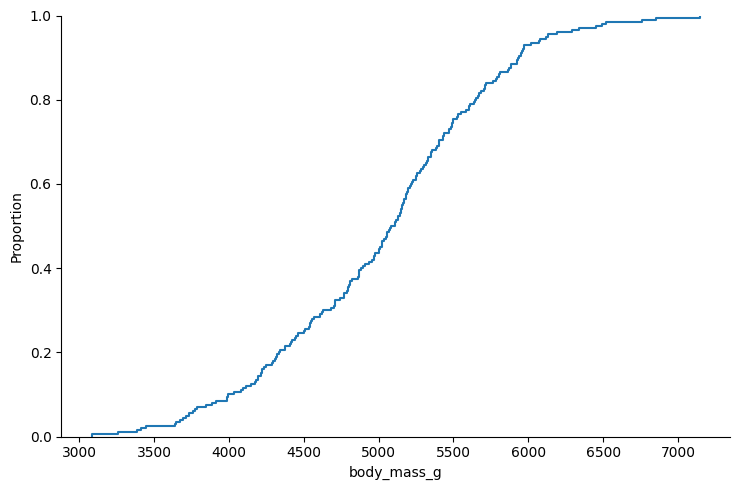
python, seaborn, displot, kind='ecdf', column='body_mass_g', hue='all', height=5, aspect=1.5